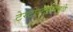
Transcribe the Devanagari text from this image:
टेस्टोस्टेरोनमुळे